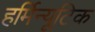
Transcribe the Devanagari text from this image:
हर्मिन्यूटिक